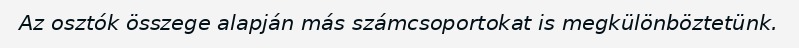
Az osztók összege alapján más számcsoportokat is megkülönböztetünk.